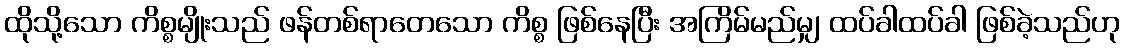
ထိုသို့သော ကိစ္စမျိုးသည် ဖန်တစ်ရာတေသော ကိစ္စ ဖြစ်နေပြီး အကြိမ်မည်မျှ ထပ်ခါထပ်ခါ ဖြစ်ခဲ့သည်ဟု